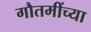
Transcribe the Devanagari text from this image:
गौतमींच्या